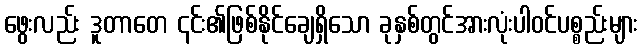
ဖွေးလည်း ဒူတာတေ ၎င်း၏ဖြစ်နိုင်ချေရှိသော ခုနှစ်တွင်အားလုံးပါဝင်ပစ္စည်းများ